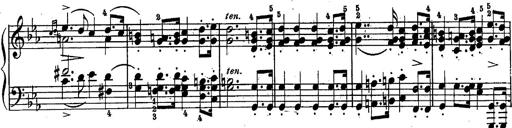
Title: Schubert's Impromptus [revised and edited by Franz Liszt]
Composer: Franz Liszt